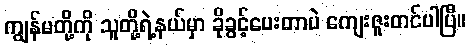
ကျွန်မတို့ကို သူတို့ရဲ့နယ်မှာ ခိုခွင့်ပေးတာပဲ ကျေးဇူးတင်ပါပြီ။